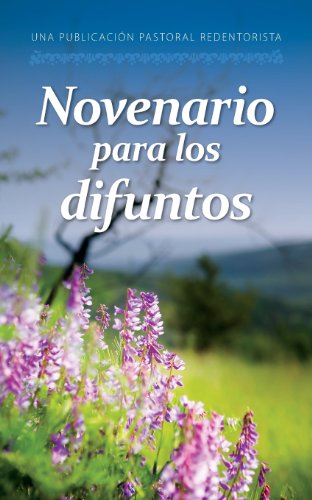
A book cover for Novenario Para Los Difuntos: Misioneros Redentoristas (Spanish Edition); Misionaros Redentoristas; Religion & Spirituality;